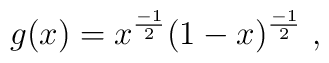
g ( x ) =  x^{ \frac{-1}{2}} ( 1 - x )^{ \frac{-1}{2}}\ ,